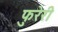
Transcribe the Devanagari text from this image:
फुरेरी